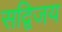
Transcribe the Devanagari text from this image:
सद्विजय